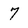
Character: 7